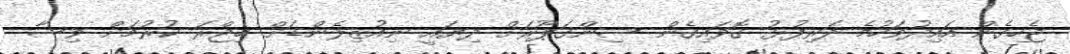
ޖެހިގެން އައިދުވަހުމެ ދަރިފުޅު ގޮވައިގެން ސިންގަޕޫރަށް ދިޔައީ ނިއުޒިލެންޑަށް ޙިޖްރަ ކުރުމަށް ވިސާ